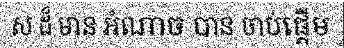
ស ដ៏ មាន អំណាច បាន ចាប់ផ្តើម